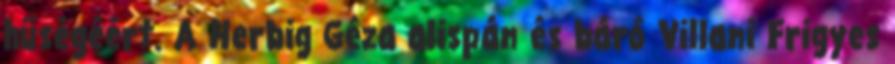
hűségéért. A Herbig Géza alispán és báró Villani Frigyes